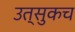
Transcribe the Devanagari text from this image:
उत्सुकच